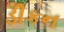
ડીકન